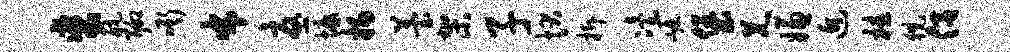
裘航聊嘶布忧慷扬苔架子状拆冶崛堡兄嫌近桂猊侣